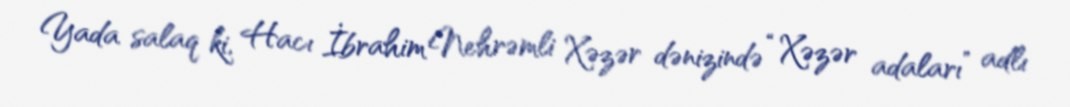
Yada salaq ki, Hacı İbrahim Nehrəmli Xəzər dənizində “Xəzər adaları” adlı